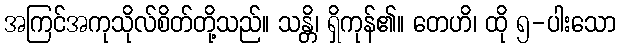
အကြင်အကုသိုလ်စိတ်တို့သည်။ သန္တိ၊ ရှိကုန်၏။ တေဟိ၊ ထို ၅-ပါးသော